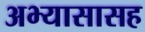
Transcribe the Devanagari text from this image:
अभ्यासासह